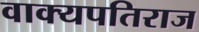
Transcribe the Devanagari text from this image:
वाक्यपतिराज